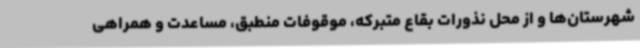
شهرستان‌ها و از محل نذورات بقاع متبرکه، موقوفات منطبق، مساعدت و همراهی